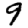
Digit: 9